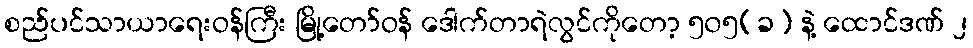
စည်ပင်သာယာရေးဝန်ကြီး မြို့တော်ဝန် ဒေါက်တာရဲလွင်ကိုတော့ ၅၀၅(ခ) နဲ့ ထောင်ဒဏ် ၂